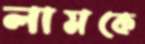
লামকে